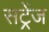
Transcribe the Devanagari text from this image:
सट्रेंज